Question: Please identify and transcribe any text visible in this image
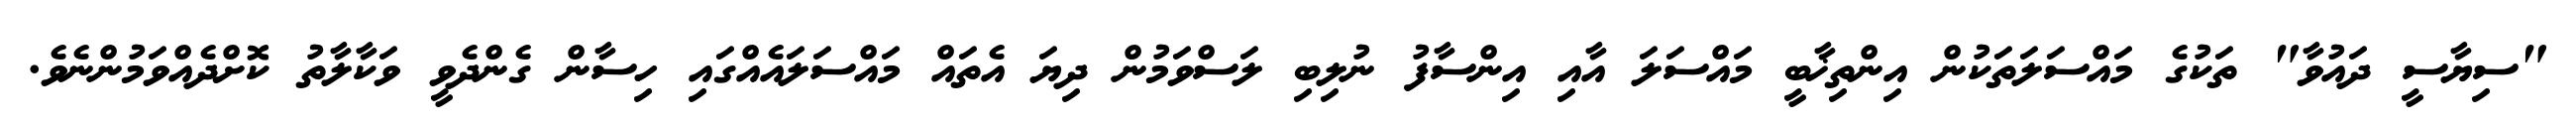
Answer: "ސިޔާސީ ދައުވާ" ތަކުގެ މައްސަލަތަކުން އިންތިޚާބީ މައްސަލަ އާއި އިންސާފު ނުލިބި ލަސްވަމުން ދިޔަ އެތައް މައްސަލައެއްގައި ހިސާން ގެންދެވީ ވަކާލާތު ކޮށްދެއްވަމުންނެވެ.